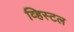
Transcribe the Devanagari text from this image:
व्हिस्टल